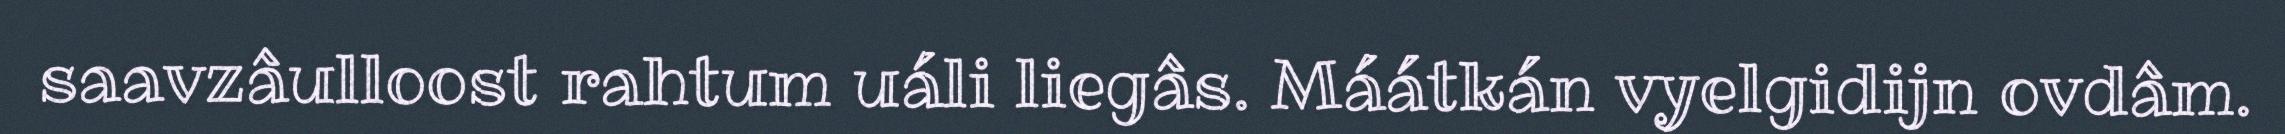
saavzâulloost rahtum uáli liegâs. Máátkán vyelgidijn ovdâm.